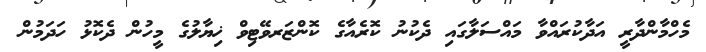
މެހްމާންދާރީ އަދާކުރައްވާ މައްސަލާގައި ދެކުނު ކޮރެއާގެ ކޮންޒަރވޭޓިވް ޚިޔާލުގެ މީހުން ދެކޮޅު ހަދަމުން